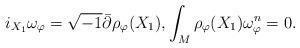
LaTeX: \begin{align*}i_{X_1} \omega_{\varphi} = \sqrt{-1} \bar{\partial} \rho_{\varphi} (X_1), \int_M \rho_{\varphi}(X_1) \omega_{\varphi}^n = 0.\end{align*}